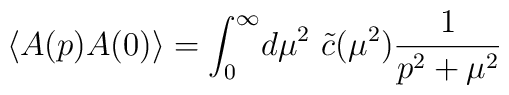
\langle A(p)A(0)\rangle = \int_0^\infty\! d\mu^2\ \tilde{c}(\mu^2)\frac{1}{p^2+\mu^2}\nonumber